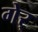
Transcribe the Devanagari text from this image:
गेर्